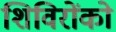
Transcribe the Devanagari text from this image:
शिविरोंको